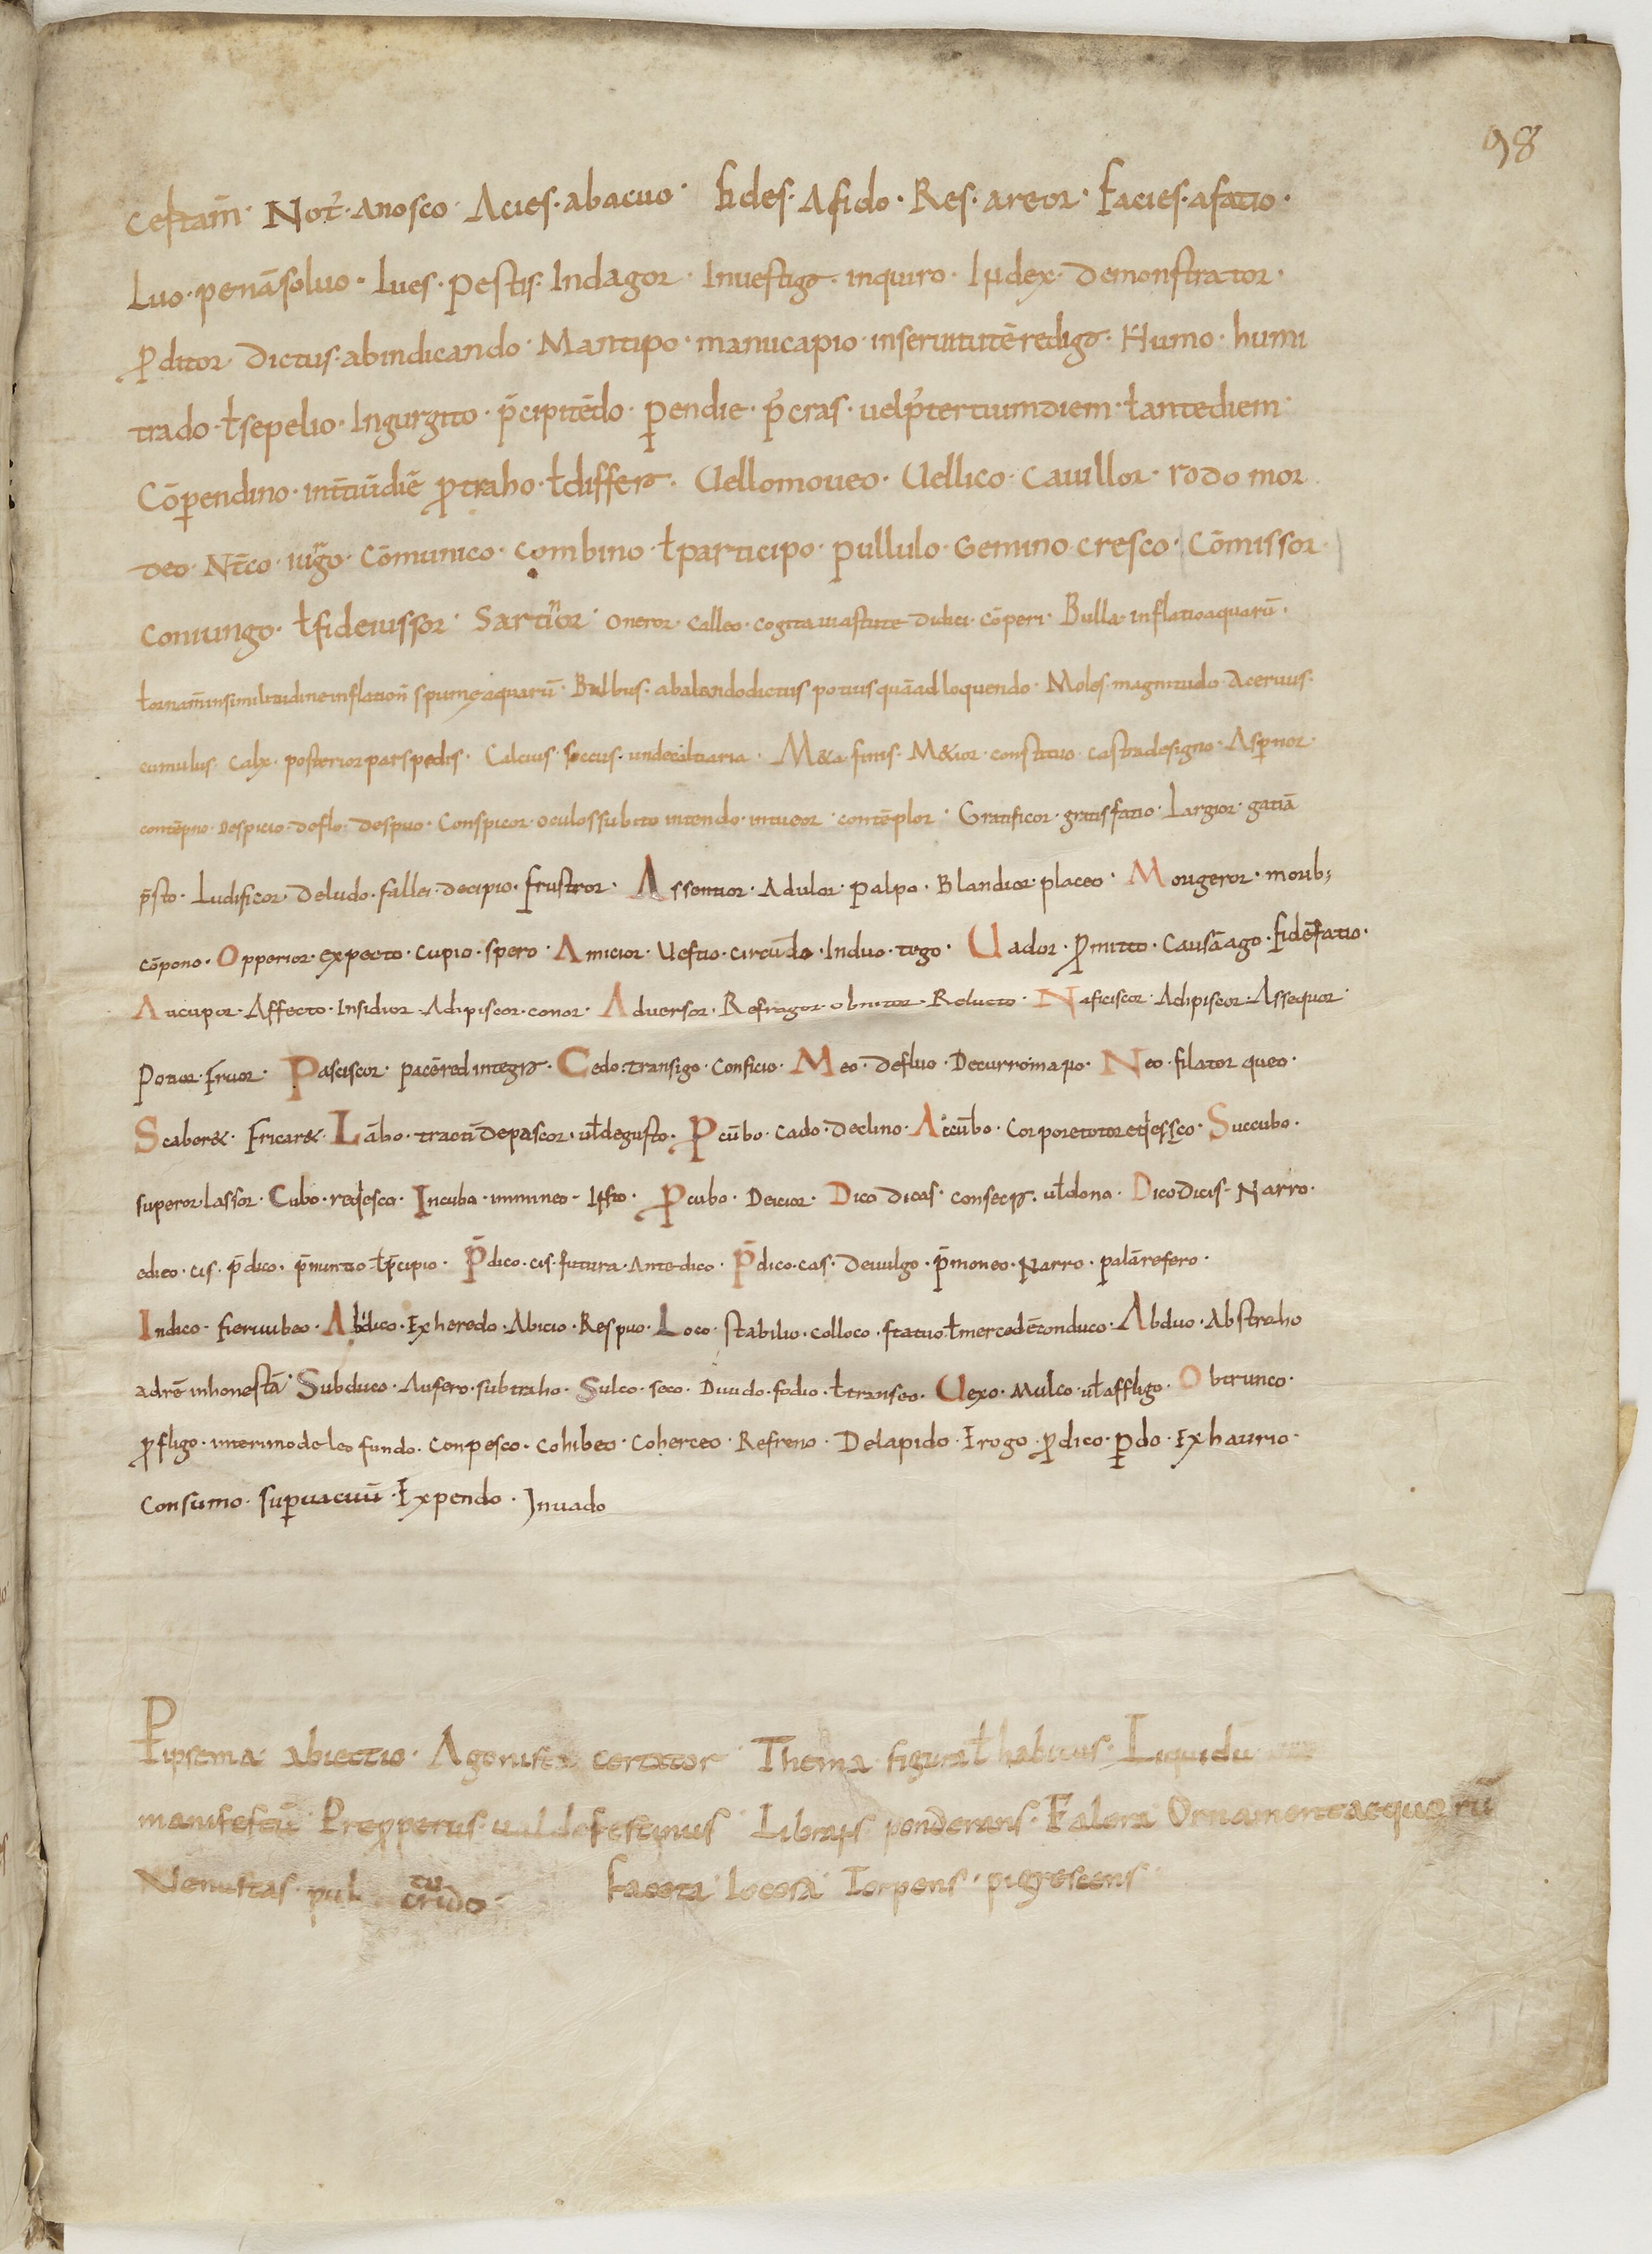
Shelfmark: Paris, BnF, lat. 14087
Century: 9